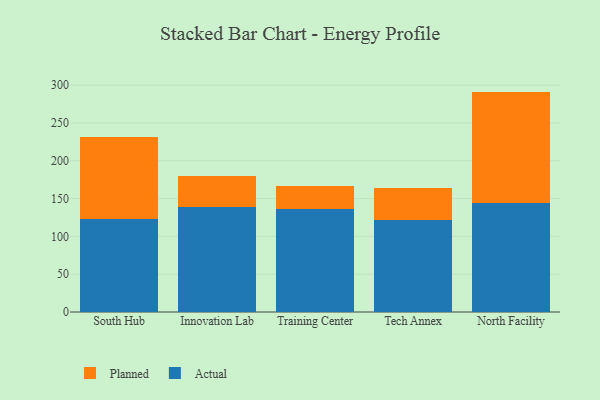
{"axis": {"x": "Campus", "y": "Market Share (%)"}, "legend": ["Actual", "Planned"], "data": [{"x": "South Hub", "y": 123.4, "type": "Actual"}, {"x": "South Hub", "y": 107.4, "type": "Planned"}, {"x": "Innovation Lab", "y": 138.3, "type": "Actual"}, {"x": "Innovation Lab", "y": 41.2, "type": "Planned"}, {"x": "Training Center", "y": 135.8, "type": "Actual"}, {"x": "Training Center", "y": 31.1, "type": "Planned"}, {"x": "Tech Annex", "y": 121.9, "type": "Actual"}, {"x": "Tech Annex", "y": 42.1, "type": "Planned"}, {"x": "North Facility", "y": 144.6, "type": "Actual"}, {"x": "North Facility", "y": 146.9, "type": "Planned"}]}